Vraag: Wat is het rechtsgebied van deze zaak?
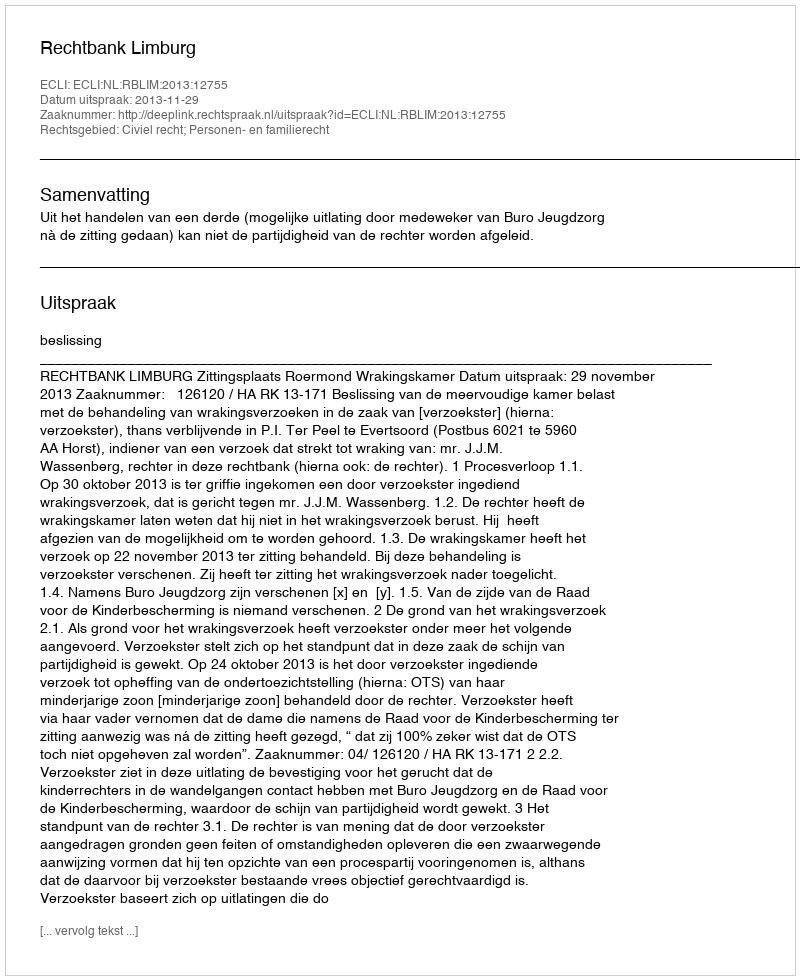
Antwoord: Civiel recht; Personen- en familierecht